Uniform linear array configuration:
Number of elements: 64
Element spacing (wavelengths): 1
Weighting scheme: hamming
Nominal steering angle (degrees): -45
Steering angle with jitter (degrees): -45.698
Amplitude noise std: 0.05
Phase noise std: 0.05

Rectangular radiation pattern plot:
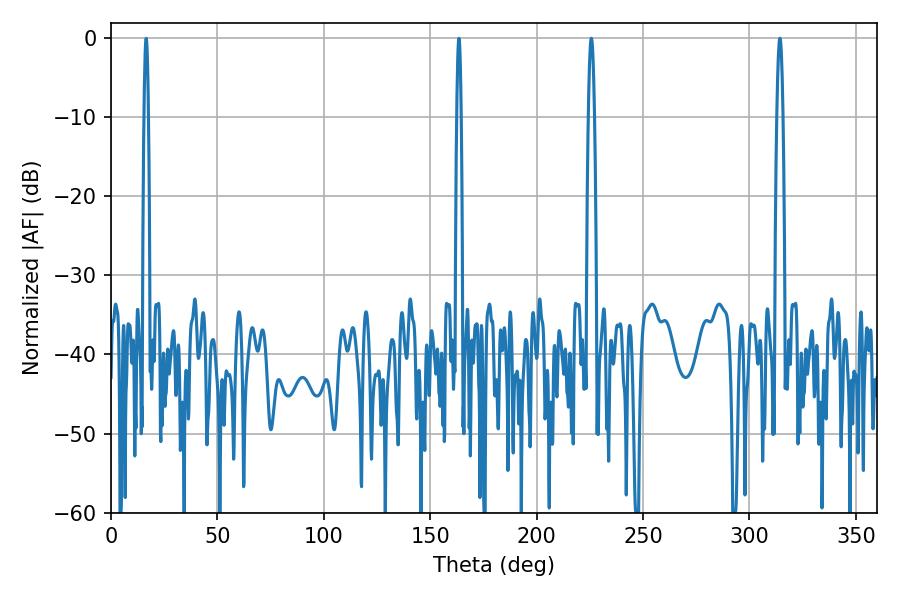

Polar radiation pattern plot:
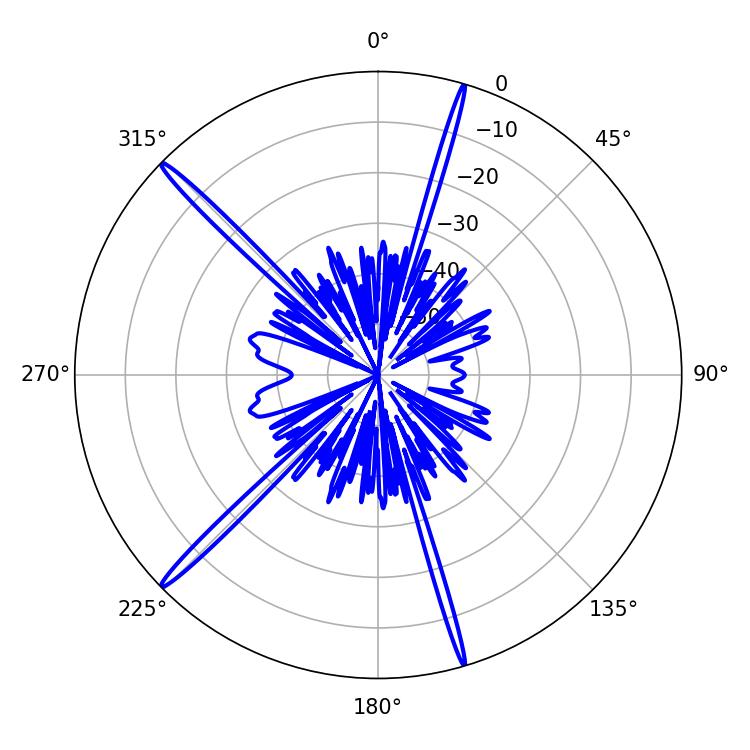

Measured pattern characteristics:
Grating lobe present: TRUE
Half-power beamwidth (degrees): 1.44
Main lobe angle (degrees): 225.72